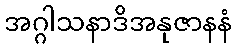
အဂ္ဂါသနာဒိအနုဇာနနံ